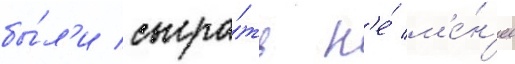
бы́л'и сыгра́ть н'е́ м'е́н'ее